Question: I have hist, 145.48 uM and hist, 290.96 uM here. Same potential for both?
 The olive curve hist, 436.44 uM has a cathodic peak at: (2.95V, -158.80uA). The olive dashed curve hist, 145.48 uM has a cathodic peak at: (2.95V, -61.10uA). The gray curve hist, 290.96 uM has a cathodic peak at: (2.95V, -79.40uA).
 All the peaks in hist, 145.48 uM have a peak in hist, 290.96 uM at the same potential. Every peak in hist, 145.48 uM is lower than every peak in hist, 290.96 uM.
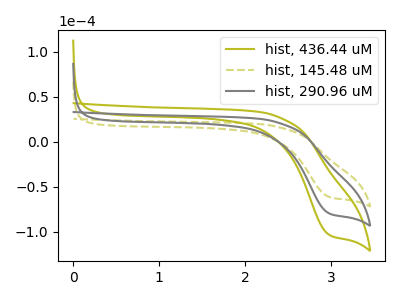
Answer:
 <answer>"hist, 145.48 uM" and "hist, 290.96 uM" are similar in shape.</answer>
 <eval>same_shape</eval>